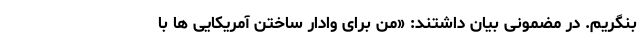
بنگریم. در مضمونی بیان داشتند: «من برای وادار ساختن آمریکایی ها با